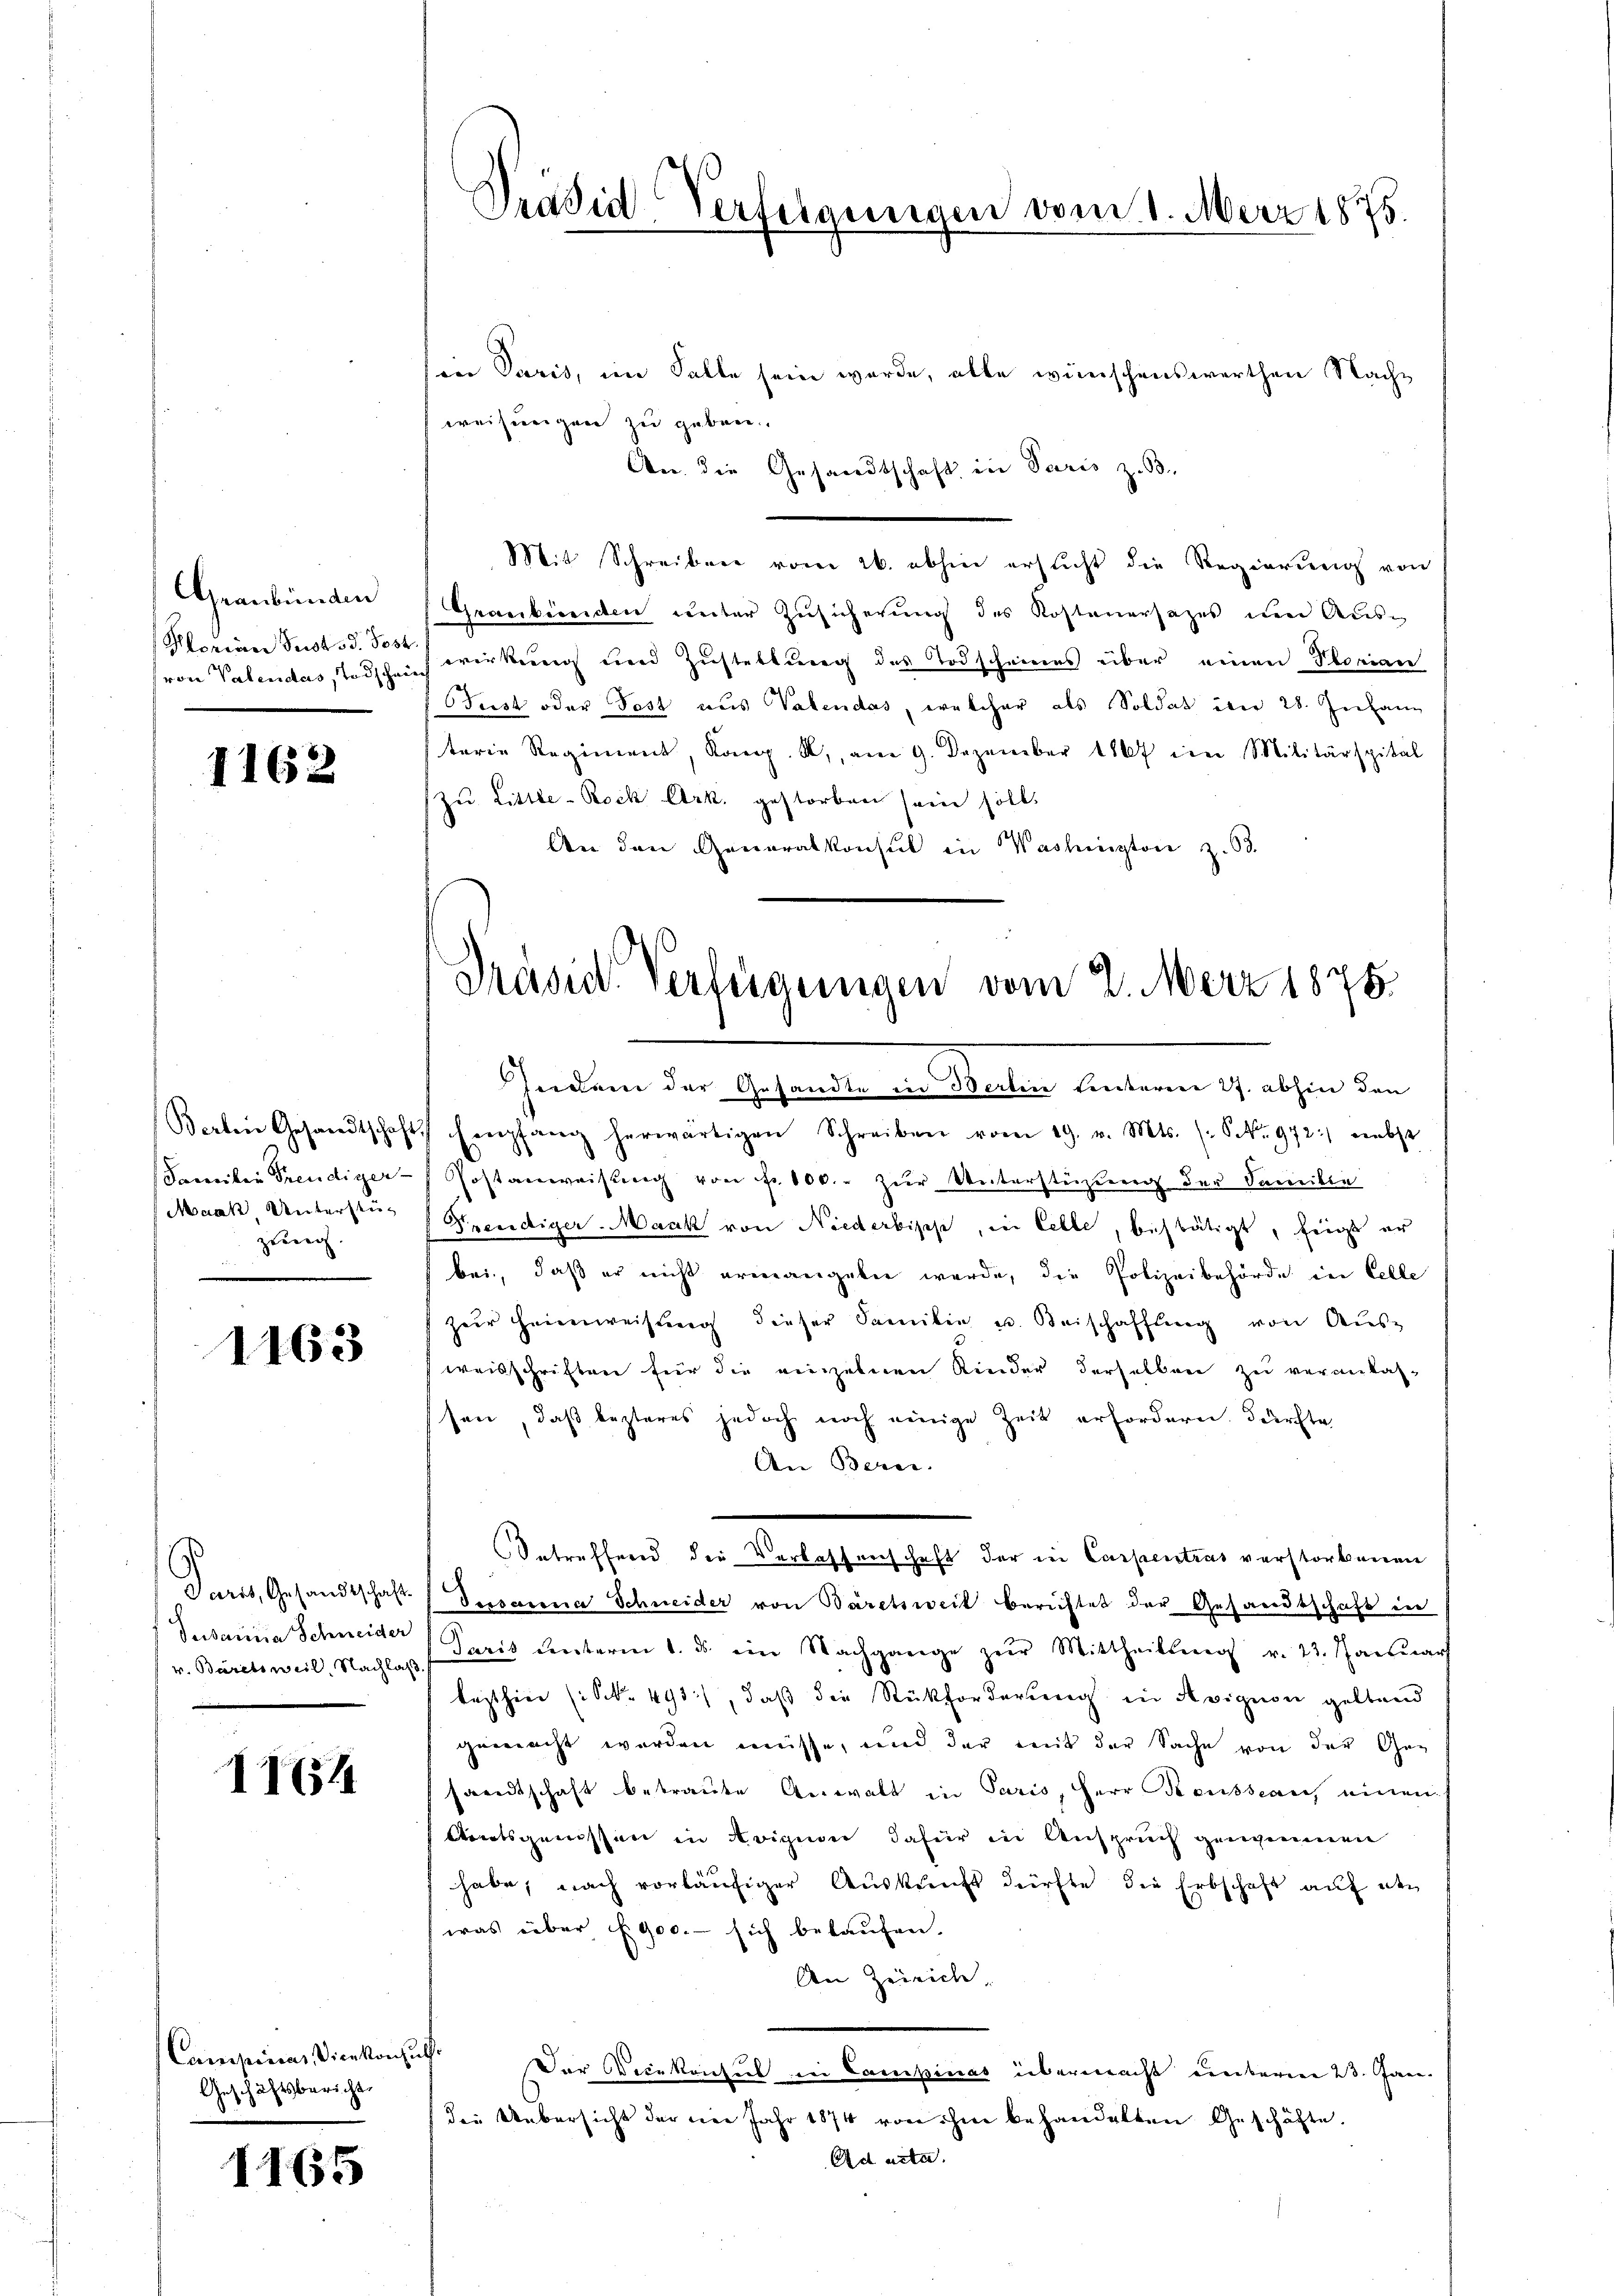
Graubünden
von Valendes, Todschauch

1162

Familie Freudiger-
Maak, Unterstüzweg.

1163

Paris, Gesandtschaft
Suitaria Schneider
v. Bäretsweil, Nachlaß.

1164

Campinias Vicekonsul
Geschäftsbericht

1165

sein Paris, im Falle sein werde, alle wünschenswerthen Nachweisungen zu geben.
An die Gesandtschaft in Paris z. B.
Mit Schreiben vom 16. abhin ersucht die Regierung von
Graubünden unter Zusicherung des Kostenersatzes um Aus-
Plorian Sustod. So wirkung und Zustellung des Todscheines über einen Florian
ust oder Post aus Valendas, welcher als Soldat in 28. Juchang
terie Regiment, Komp. A., am 9. Dezember 1867 im Militärspital
zŭ Little-Rock Ark. gestorben sein soll.
An den Generalkonsul in Washingtone z. B.

Präsid Verfügungen vom 1. März 1875.

Präsid. Verfügungen vom 2. März 1875.

Gedien den Gebrachen Seiter denen daher den
Barten Gesandtschaft Empfang herwärtigen Schreiben vom 19. v. Mts. (S. 972:) nebst
Postanweisung von fr. 100. zur Unterstüzung der Familie
 Freudiger-Maak von Niederbische, in Celle, bestätigt, zeigt er
bei, daß er nicht ermangeben werde, die Polizeibehörde in Celle
zur Heimweisung dieser Familie u. Beischaffung von Aus-
weisschriften für die einzelnen Kinder derselben zu veranlas-
ssen, daß lezteres jedoch noch einige Zeit erfordern, dürfte
An Berei
Betreffend der Verlassenschaft der in Carpentras verstorbenen
Dessanna Schneider von Bäretsweit berichtet der Gesandtschaft in
(Paris unterm 1. ds. ein Nachgange zur Mittheilung v. 23. Januar
lezthin (S. 491), daß die Rückforderung in Avignon geltend
gemacht werden müsse, und der mit der Sache von der Ge-
sandtschaft betraute Anwalt in Paris, Herr Reusseaus einen
Aratsgenossen in Krizion dafür in Anspruch genommen
habe, nach vorläufiger Auskunft dürfte die Erbschaft auf den
(was über 1900. - sich bekaufen.
An Zürich,
Der Vicekonsul in Campinas übermacht unterien 23. Jan.
den Uebersicht der der Jahr 1874 von ihm behandelten Geschäfte.
Ad acta.